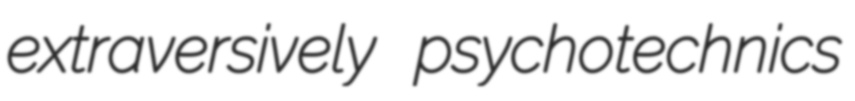
extraversively psychotechnics